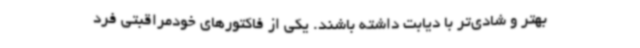
بهتر و شادی‌تر با دیابت داشته باشند. یکی از فاکتورهای خودمراقبتی فرد